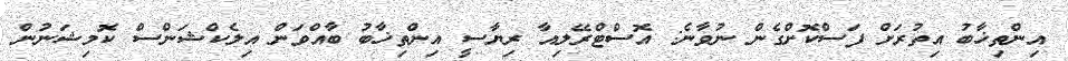
އިންތިޚާބު އިތުރަށް ފަސްކޮށްގެން ނުވާނެ: އޮސްޓްރޭލިއާ ރިޔާސީ އިންތިޚާބު ބާއްވަން އިލެކްޝަންސް ކޮމިޝަނުން